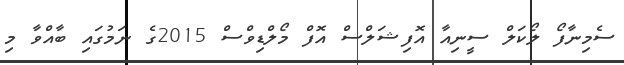
ސެމިނާފޯ ލޯކަލް ސީނިއާ އޮފިޝަލްސް އޮފް މޯލްޑިވްސް 2015ގެ ނަމުގައި ބާއްވާ މި